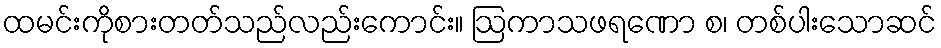
ထမင်းကိုစားတတ်သည်လည်းကောင်း။ ဩကာသဖရဏော စ၊ တစ်ပါးသောဆင်